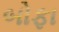
બોફા